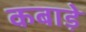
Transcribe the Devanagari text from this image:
कबाड़े